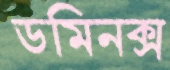
ডমিনক্স